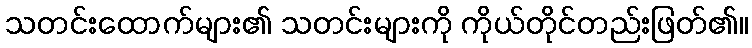
သတင်းထောက်များ၏ သတင်းများကို ကိုယ်တိုင်တည်းဖြတ်၏။